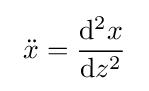
~{\ddot {x}}={\frac {{\rm {d}}^{2}x}{{\rm {d}}z^{2}}}~